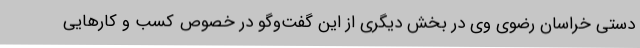
دستی خراسان رضوی وی در بخش دیگری از این گفت‌وگو در خصوص کسب و کارهایی